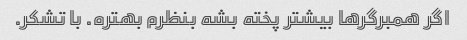
اگر همبرگر‌ها بیشتر پخته بشه بنظرم بهتره. با تشکر.